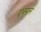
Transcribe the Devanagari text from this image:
एस्पन